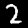
Label: 2